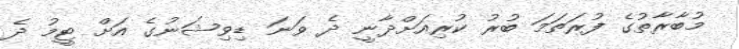
މުބާރާތުގެ ފުރަތަމަ ބުރު ކުރިއަށްދާނީ ދެ ވަނަ ޑިވިޝަނުގެ އަށް ޓީމު ދެ